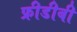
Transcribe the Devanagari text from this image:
फ्रीडीबी